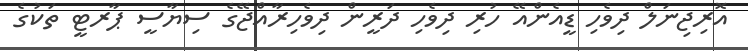
އޮރިޖިނަލް ދިވެހި ޑީއެންއޭ ހުރި ދިވެހި ދަރީން ދިވެހިރާއްޖޭގެ ސިޔާސީ ޕާރޓީ ތަކުގެ